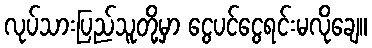
လုပ်သားပြည်သူတို့မှာ ငွေပင်ငွေရင်းမလိုချေ။